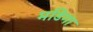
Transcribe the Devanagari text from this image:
मडिगा